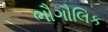
ભૌગૌલિક